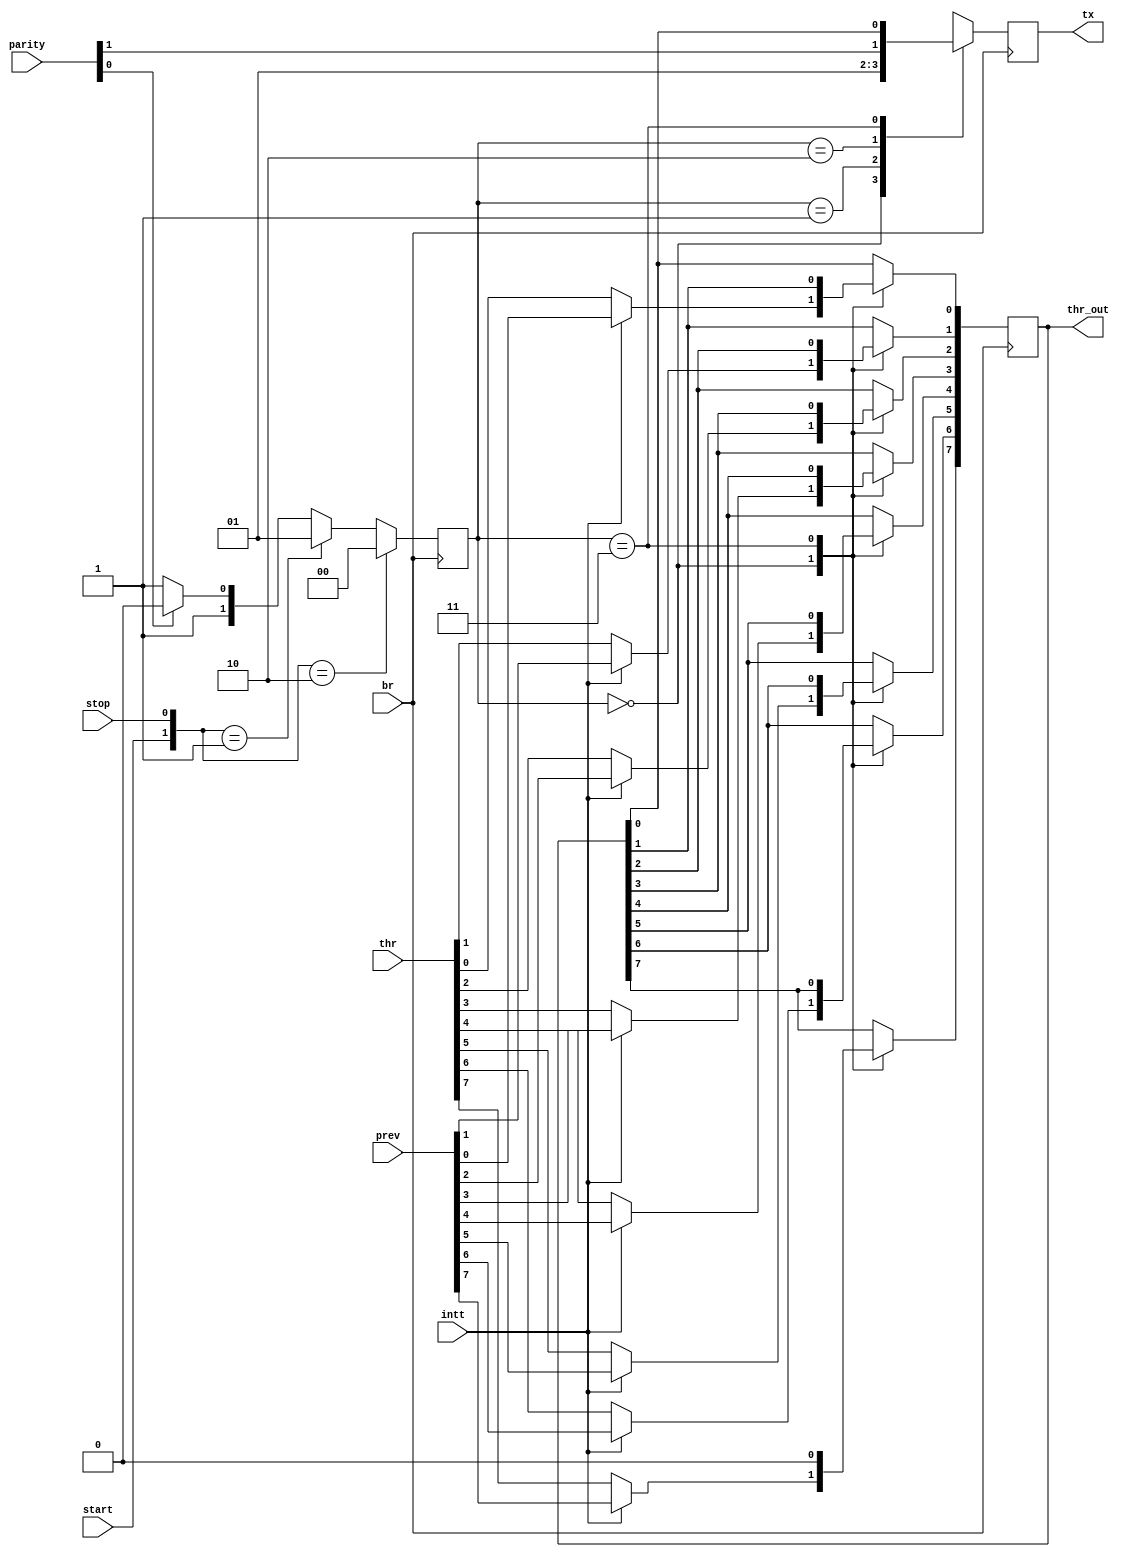
`timescale 1ns / 1ps
//////////////////////////////////////////////////////////////////////////////////
// Company: 
// Engineer: 
// 
// Design Name: 
// Module Name: transmit
// Project Name: 
// Target Devices: 
// Tool Versions: 
// Description: 
// 
// Dependencies: 
// 
// Revision:
// Revision 0.01 - File Created
// Additional Comments:
// 
//////////////////////////////////////////////////////////////////////////////////


module transmit(br, start, stop, parity, intt, thr, prev, thr_out, tx);

input br;
input start, stop, intt;
input [1:0]parity;
input [7:0]thr, prev;
output reg [7:0]thr_out;
output reg tx;
reg [1:0]mode;

always @(posedge br)
begin
    if({start,stop}==2'b10)
        mode = 2'b00;
    else 
        if({start,stop}==2'b01)
            mode = 2'b01;
        else
            if(parity[0]==1'b1)
                mode = 2'b10;
            else
                mode = 2'b11;     
end

always @(negedge br)
begin
    case(mode[1:0])
        3'b00: 
        begin 
            tx <= 1'b0;
            if(intt == 1'b1)
                thr_out <= prev;
            else
                thr_out <= thr;
        end
        3'b01: tx <= 1'b1;
        3'b10: tx <= parity[1];
        3'b11:
        begin
            thr_out[7] <= 1'b0;
            thr_out[6] <= thr_out[7];
            thr_out[5] <= thr_out[6];
            thr_out[4] <= thr_out[5];
            thr_out[3] <= thr_out[4];
            thr_out[2] <= thr_out[3];
            thr_out[1] <= thr_out[2];
            thr_out[0] <= thr_out[1];
            tx <= thr_out[0];
        end
    endcase
end        
endmodule